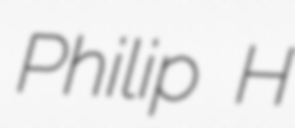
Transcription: Philip H